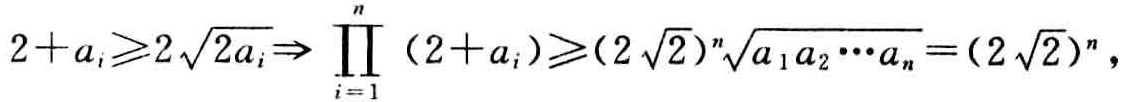
\(2 + a_{i} \geqslant 2\sqrt{2a_{i}} \Rightarrow \prod_{i = 1}^{n} (2 + a_{i}) \geqslant (2\sqrt{2})^{n}\sqrt[n]{a_{1}a_{2}\cdots a_{n}} = (2\sqrt{2})^{n}\)